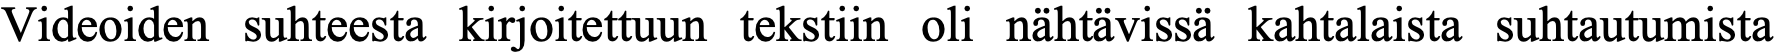
Videoiden suhteesta kirjoitettuun tekstiin oli nähtävissä kahtalaista suhtautumista